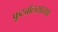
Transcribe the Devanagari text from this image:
फूटबॉलसारखा